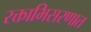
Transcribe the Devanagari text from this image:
रक्ताभिसरणात